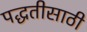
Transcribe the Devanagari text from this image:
पद्धतीसाठी